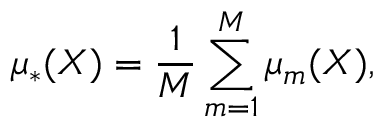
\mu _ { * } ( X ) = \frac { 1 } { M } \sum _ { m = 1 } ^ { M } \mu _ { m } ( X ) ,